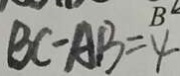
B C - A B = 4